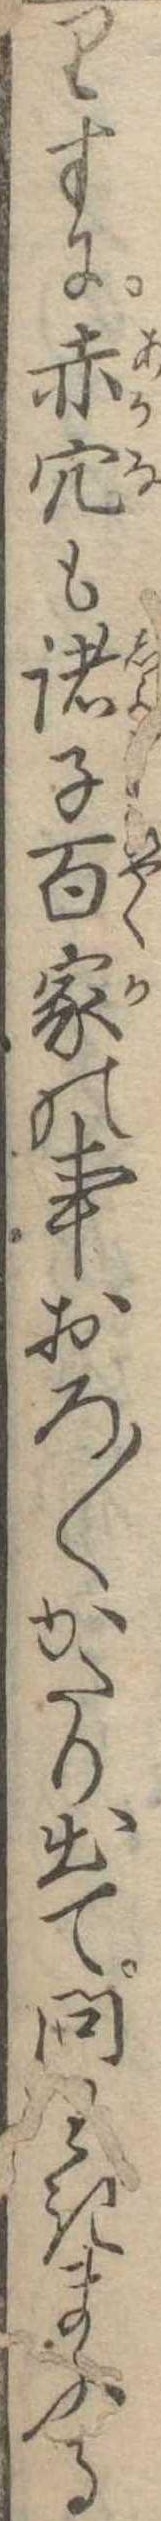
りすに赤穴も諸子百家の事おろ〱かたり出て問わきまふる